Vaccination United Provinces of Agra and Oudh 1914-1922 - 1914-1922
Year: 1914
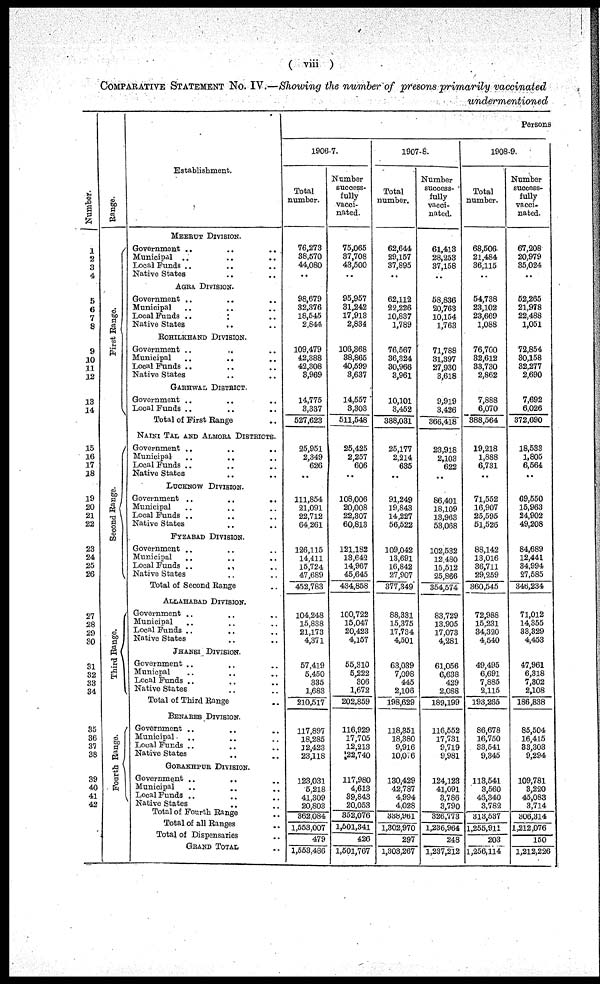
( viii )
COMPARATIVE STATEMENT NO. IV.—Showing the number of presons primarily vaccinated
undermentioned
Number.
1
2
3
4
5
6
7
8
9
10
11
12
13
14
15
16
17
18
19
20
21
22
23
24
25
26
27
28
29
30
31
32
33
34
35
36
37
38
39
40
41
42
Range.
Fi r st Range.
Second Range.
Third Range.
Fourth Range.
Establishment.
MEERUT DIVISION.
Government .. .. ..
Municipal .. .. ..
Local Funds .. .. ..
Native States .. ..
AGRA DIVISION.
Government .. .. ..
Municipal .. .. ..
Local Funds
..
..
..
Native States .. ..
ROHILKHAND DIVISION.
Government
..
..
..
Municipal
..
..
..
Local Funds .. .. ..
Native States .. .. ..
GARHWAL DISTRICT.
Government .. .. ..
Local Funds .. .. ..
Total of First Range ..
NAINI TAL AND ALMORA DISTRICTS.
Government .. .. ..
Municipal
..
..
..
Local Funds .. .. ..
Native States .. ..
LUCKNOW DIVISION.
Government .. .. ..
Municipal .. .. ..
Local Funds .. .. ..
Native States .. ..
FYZABAD DIVISION.
Government .. .. ..
Municipal .. .. ..
Local Funds
..
..
..
Native States .. ..
Total of Second Range
ALLAHABAD DIVISION.
Govornment .. .. ..
Municipal .. .. ..
Local Funds .. .. ..
Native States .. ..
JHANSI DIVISION.
Government .. .. ..
Municpal .. .. ..
Local Funds .. .. ..
Native States .. ..
Total of Third Range .. ..
BENARES DIVISION.
Government .. .. ..
Municipal .. .. ..
Local Funds .. .. ..
Native States .. ..
GORAKHPUR DIVISION.
Government .. .. ..
Municipal .. .. ..
Local Funds .. .. ..
Native States .. ..
Total of Fourth Range ..
Total of all Ranges ..
Total of Dispensaries ..
GRAND TOTAL ..
Persons
1906-7.
Total
number.
76,273
38,570
44,080
..
98,679
32,376
18,545
2,644
109,479
42,388
42,308
3,969
14,775
3,337
527,623
25,951
2,349
626
..
111,854
21,091
22,712
64,261
126,115
14,411
15,724
47,689
452,783
104,248
15,838
21,173
4,371
57,419
5,450
335
1,683
210,517
117,897
18,285
12,423
23,118
123,031
5,218
41,309
20,803
362,084
1,553,007
479
1,553,486
Number
success-
fully
vacci-
nated.
75,065
37,708
43,500
..
95,957
31,242
17,913
2,834
106,368
38,865
40,599
3,637
14,557
3,303
511,548
25,425
2,257
606
..
108,006
20,008
22,307
60,813
121,182
13,642
14,967
45,645
434,858
100,722
15,047
20,423
4,157
55,310
5,222
306
1,672
202,859
116,929
17,705
12,213
22,740
117,980
4,613
89,843
20,053
352,076
1,501,341
426
1,501,767
1907-8.
Total
number.
62,644
29,157
37,895
..
62,112
22,226
10,837
1,789
76,567
36,324
30,966
3,961
10,101
3,452
388,031
25,177
2,214
635
..
91,249
19,843
14,227
56,522
109,042
13,691
16,842
27,907
377,349
88,331
15,375
17,734
4,501
63,039
7,098
445
2,106
198,629
118,351
18,380
9,916
10,016
130,429
42,787
4,994
4,028
338,981
1,302,970
297
1,303,267
Number
success-
fully
vacci-
nated.
61,413
28,253
37,158
..
58,836
20,763
10,154
1,763
71,788
31,397
27,930
3,618
9,919
3,426
366,418
23,918
2,103
622
..
86,401
18,109
13,963
53,068
102,532
12,480
15,512
25,866
354,574
83,729
13,905
17,073
4,281
61,056
6,638
429
2,088
189,199
116,552
17,731
9,719
9,981
124,123
41,091
3,786
3,790
326,773
1,236,964
248
1,237,212
1908-9.
Total
number.
68,506
21,484
36,115
..
54,738
23,102
23,669
1,088
76,700
32,612
33,730
2,862
7,888
6,070
388,564
19,218
1,888
6,731
..
71,552
16,907
25,595
51,526
88,142
13,016
36,711
29,259
360,545
72,988
15,231
34,320
4,540
49,495
6,691
7,885
2,115
193,265
86,678
16,750
33,541
9,345
113,541
3,560
46,340
3,782
313,537
1,255,911
203
1,256,1l4
Number
success-
fully
vacci-
nated.
67,208
20,979
35,024
..
52,265
21,978
22,488
1,051
72,854
30,158
32,277
2,690
7,692
6,026
372,690
18,533
1,805
6,564
..
69,550
15,963
24,902
49,208
84,689
12,441
34,994
27,585
346,234
71,012
14,355
33,329
4,453
47,961
6,318
7,302
2,108
186,838
85,504
16,415
33,303
9,294
109,781
3,220
45,083
3,714
306,314
1,212,076
150
1,212,226